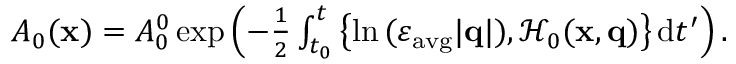
\begin{array} { r } { A _ { 0 } ( \mathbf { x } ) = A _ { 0 } ^ { 0 } \exp \left( - \frac { 1 } { 2 } \int _ { t _ { 0 } } ^ { t } \left\{ \ln { ( \varepsilon _ { \mathrm { a v g } } | \mathbf { q } | ) } , \mathcal { H } _ { 0 } ( \mathbf { x } , \mathbf { q } ) \right\} \mathrm { d } t ^ { \prime } \right) . } \end{array}